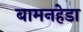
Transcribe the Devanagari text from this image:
बामनहेडा